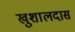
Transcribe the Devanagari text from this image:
खुशालदास